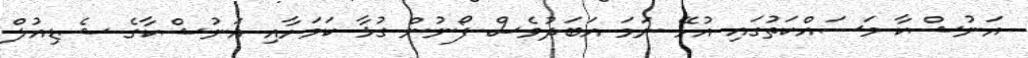
އަނުޝްކާ މަސައްކަތުގައި އުޅޭ ނަމަ އަބަދުވެސް ފޯނުން ގުޅާ ކަމަށާއި އަނުޝްކާގެ ޝެޑިއުލް